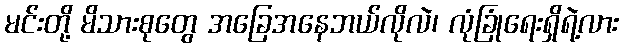
မင်းတို့ မိသားစုတွေ အခြေအနေဘယ်လိုလဲ၊ လုံခြုံရေးရှိရဲ့လား